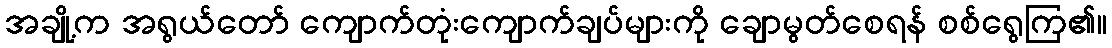
အချို့က အရွယ်တော် ကျောက်တုံးကျောက်ချပ်များကို ချောမွတ်စေရန် စစ်ရွေကြ၏။